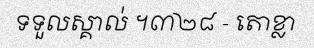
ទទួលស្គាល់ ។៣២៨ - តោខ្លា